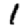
Digit: 1